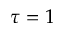
\tau = 1